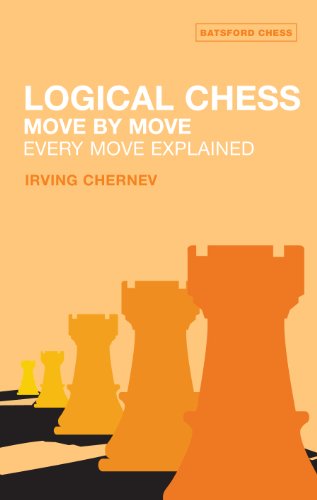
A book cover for Logical Chess: Move By Move: Every Move Explained New Algebraic Edition; Irving Chernev; Humor & Entertainment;